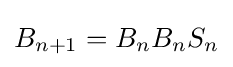
B_{n+1}=B_{n}B_{n}S_{n}